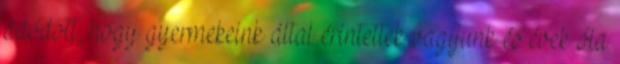
adódott, hogy gyermekeink által érintettek vagyunk és évek óta